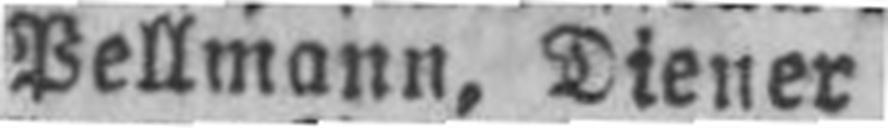
Pellmann, Diener